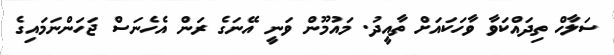
ސަލާހް ތިދައްކަވާ ވާހަކައަށް ތާއީދު. މައުމޫން ވަނީ އޭނަގެ ރަން އެހެނަސް ޖަހަންނަމައިގެ